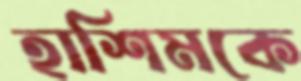
হাশিমকে